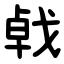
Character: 㦸